18_6369445_General_1948_Vol_1
Agency: Department of War
Incident date: 6/15/48
Page 1
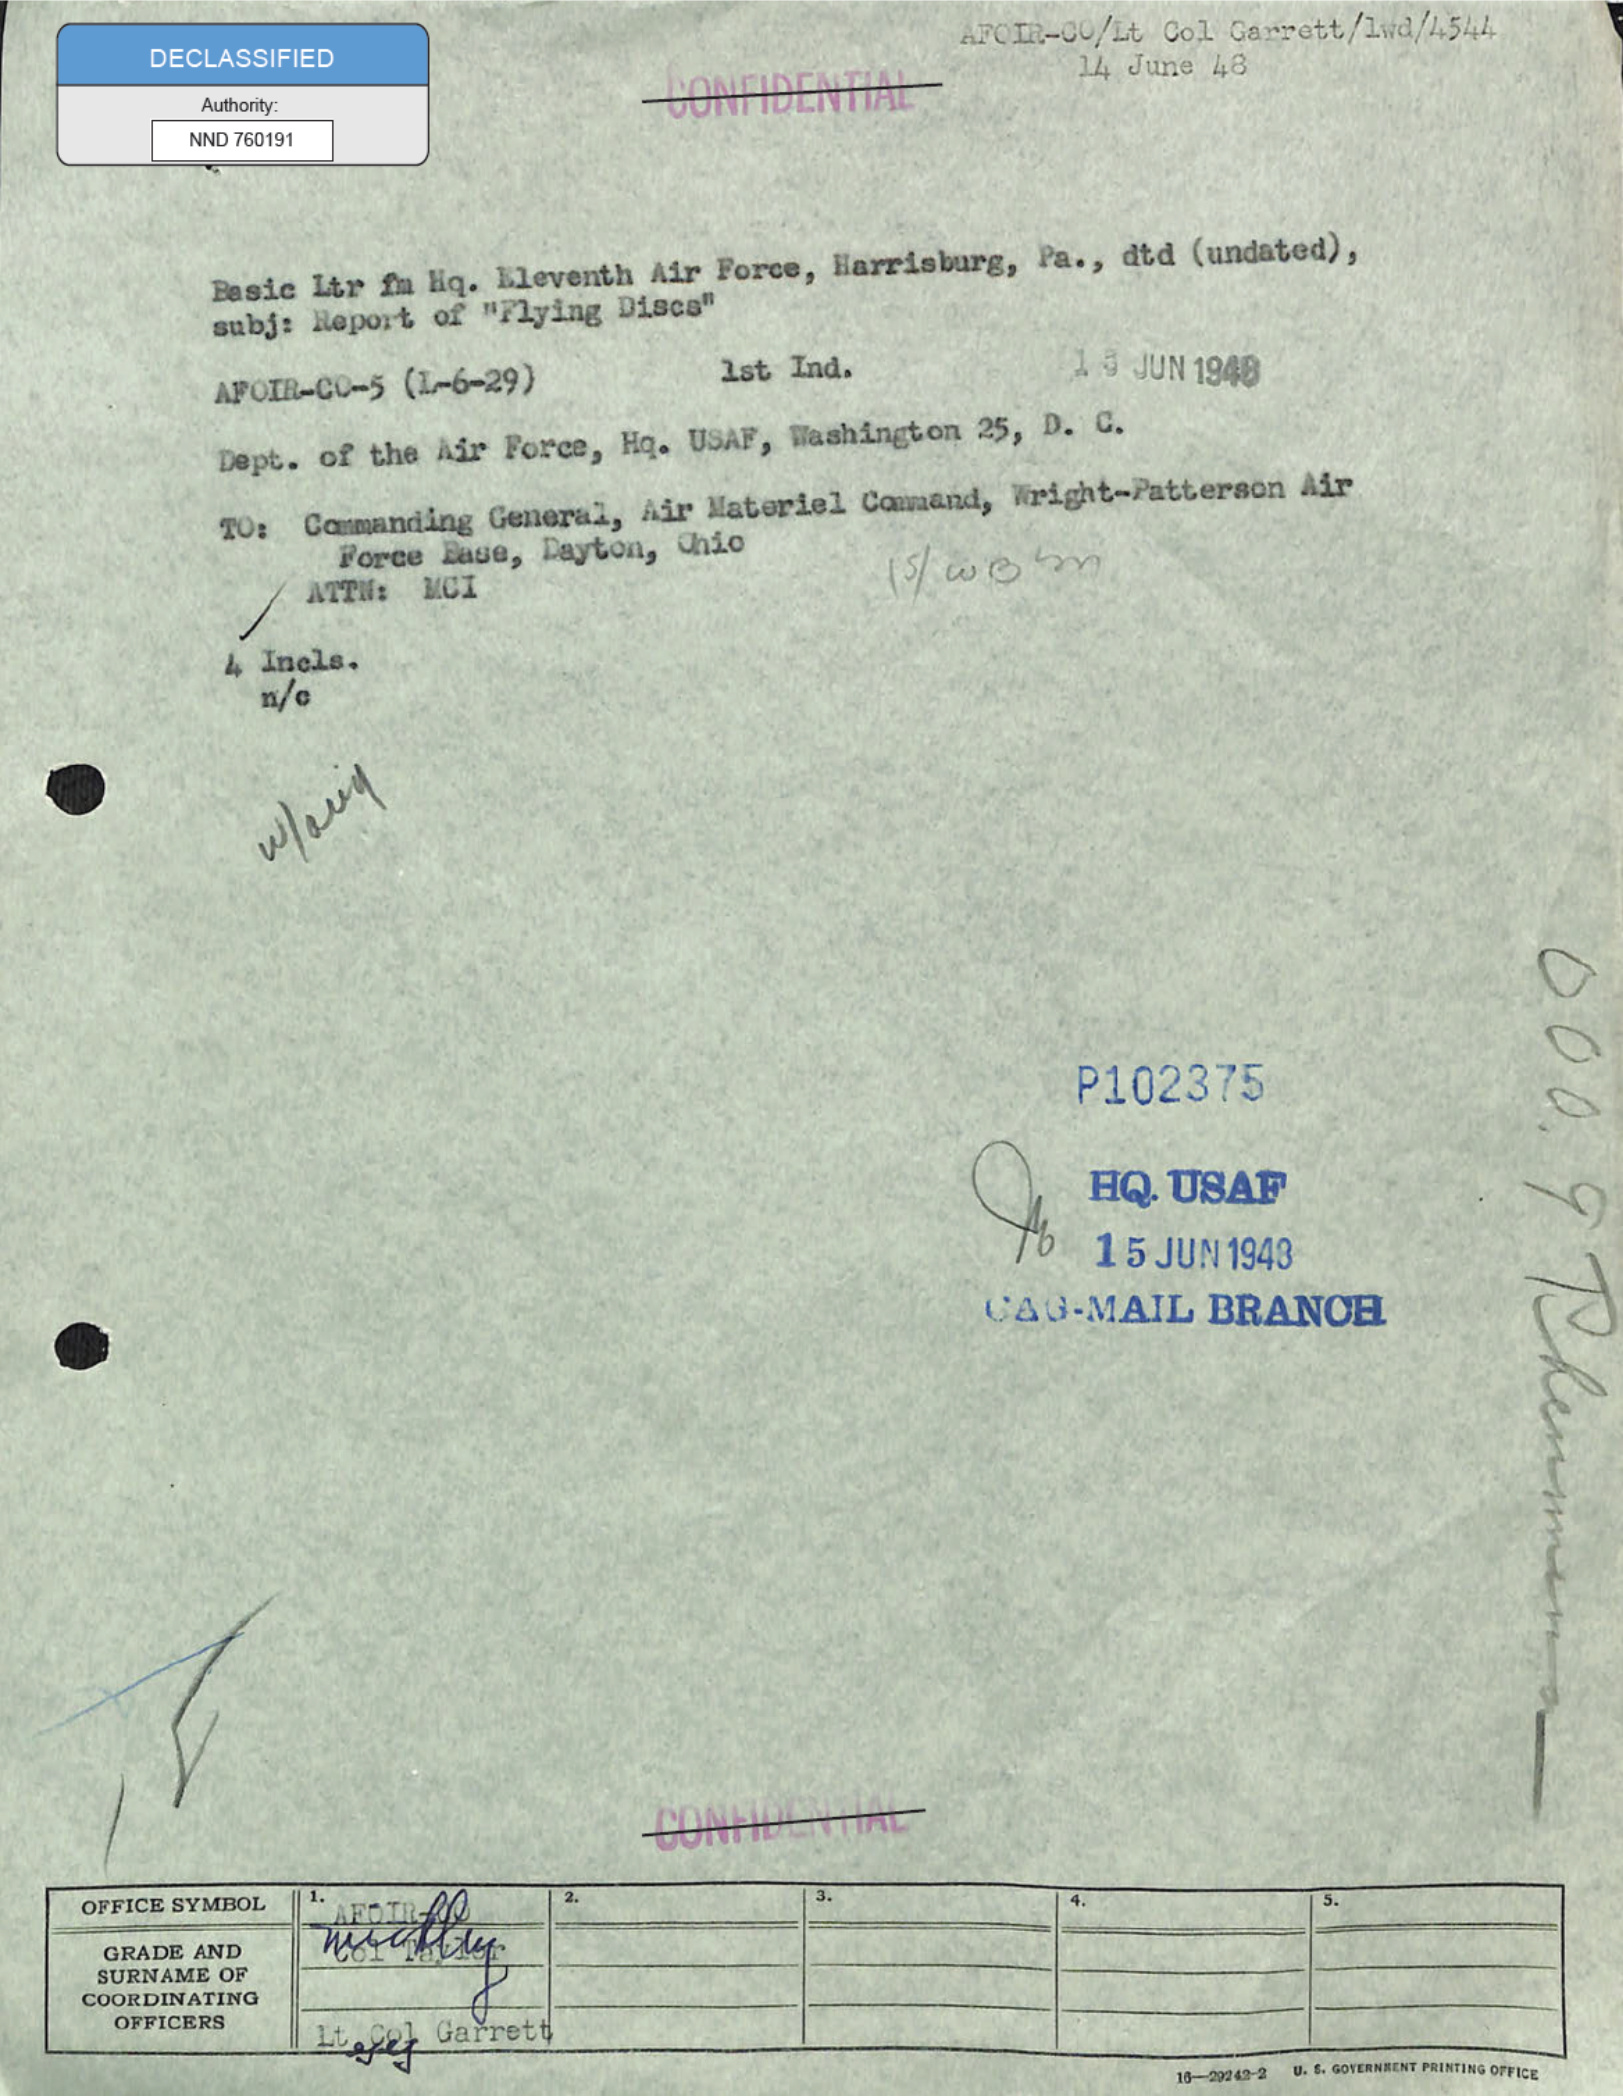